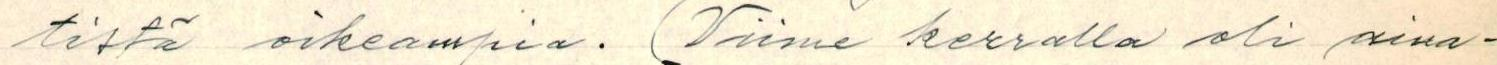
tistä oikeampia. (Viime kerralla oli aina-